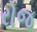
રોજ